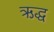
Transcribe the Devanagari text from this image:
ऋद्ध